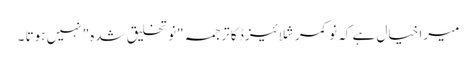
میرا خیال ہے کہ نو کمرشلائیزڈ کا ترجمہ "نو تخلیق شدہ" نہیں ہوتا ۔